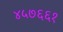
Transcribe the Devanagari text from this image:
४५७६६१